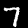
Digit: 7